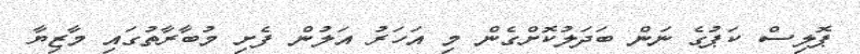
ޕޮލިސް ކަޕުގެ ނަން ބަދަލުކޮށްގެން މި އަހަރު އަލުން ފެށި މުބާރާތުގައި މާޒިޔާ